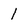
Character: l